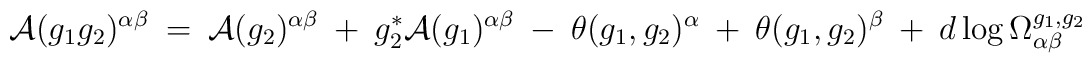
{\cal A}(g_1 g_2)^{\alpha \beta} \: = \:{\cal A}(g_2)^{\alpha \beta} \: + \: g_2^* {\cal A}(g_1)^{\alpha \beta}\: - \: \theta(g_1, g_2)^{\alpha} \: + \: \theta(g_1, g_2)^{\beta}\: + \: d \log \Omega^{g_1, g_2}_{\alpha \beta}